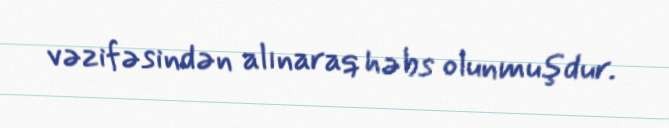
vəzifəsindən alınaraq həbs olunmuşdur.